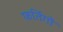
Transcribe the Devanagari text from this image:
फर्तिगों